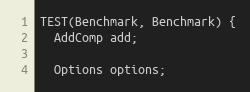
Language: C++
TEST(Benchmark, Benchmark) {
  AddComp add;

  Options options;